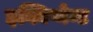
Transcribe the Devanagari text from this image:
इक्विप्मेन्ट